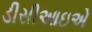
ડીસીઆઇએ